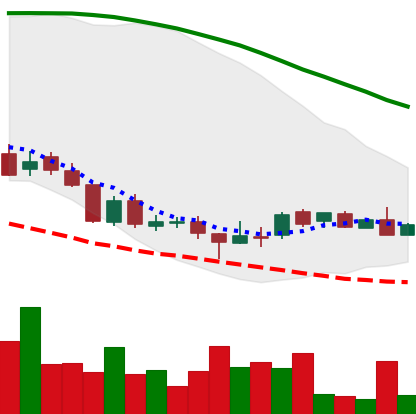
Ticker: DOGE-USD
Chart end date: 2018-08-23
Forward return: 9.308%
Label: up_7plus